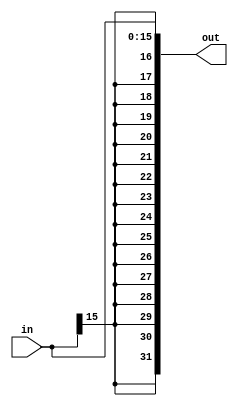
`timescale 1ns / 1ps
//////////////////////////////////////////////////////////////////////////////////
// Company: 
// Engineer: 
// 
// Design Name: 
// Module Name: signext
// Project Name: 
// Target Devices: 
// Tool Versions: 
// Description: 
// 
// Dependencies: 
// 
// Revision:
// Revision 0.01 - File Created
// Additional Comments:
// 
//////////////////////////////////////////////////////////////////////////////////
module signext (
    input wire [15:0]   in,
    output wire [31:0]  out
);

    assign  out = {{16{in[15]}}, in};//16
    
endmodule